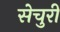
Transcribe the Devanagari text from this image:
सेचुरी